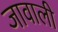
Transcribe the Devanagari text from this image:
जावाली